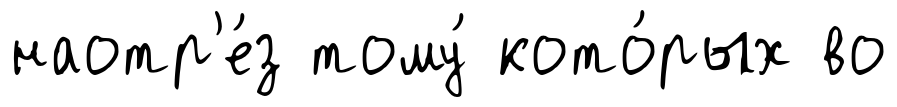
наотр'е́з тому́ кото́рых во